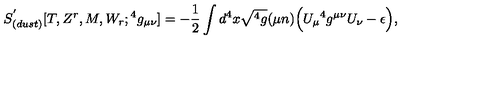
S _ { ( d u s t ) } ^ { ' } [ T , Z ^ { r } , M , W _ { r } ; { } ^ { 4 } g _ { \mu \nu } ] = - { \frac { 1 } { 2 } } \int d ^ { 4 } x \sqrt { { } ^ { 4 } g } ( \mu n ) \Big ( U _ { \mu } { } ^ { 4 } g ^ { \mu \nu } U _ { \nu } - \epsilon \Big ) ,